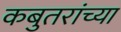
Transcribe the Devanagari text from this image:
कबुतरांच्या